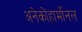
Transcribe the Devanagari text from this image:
अनेकोंहार्मोनल